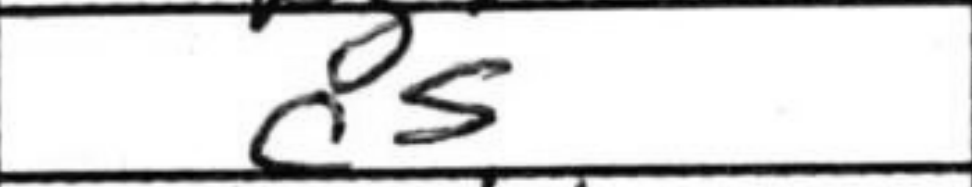
Transcription: c5